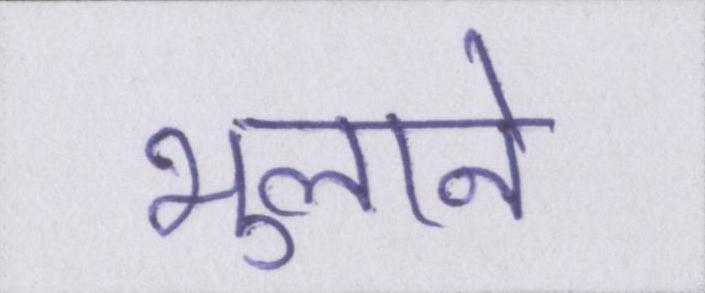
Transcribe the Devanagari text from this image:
भुलाने